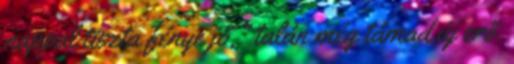
nappal tiszta fénye jő," talán még támad új erő.